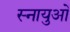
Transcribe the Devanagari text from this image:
स्‍नायुओं